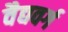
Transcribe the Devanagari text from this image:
वैद्यवर्ग